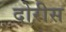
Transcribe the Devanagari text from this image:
दोरीस